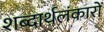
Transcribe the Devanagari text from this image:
शब्दार्थलंकारों